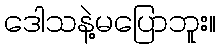
ဒေါသနဲ့မပြောဘူး။